Seli_vallavalitsus_Parnumaal, lk 26
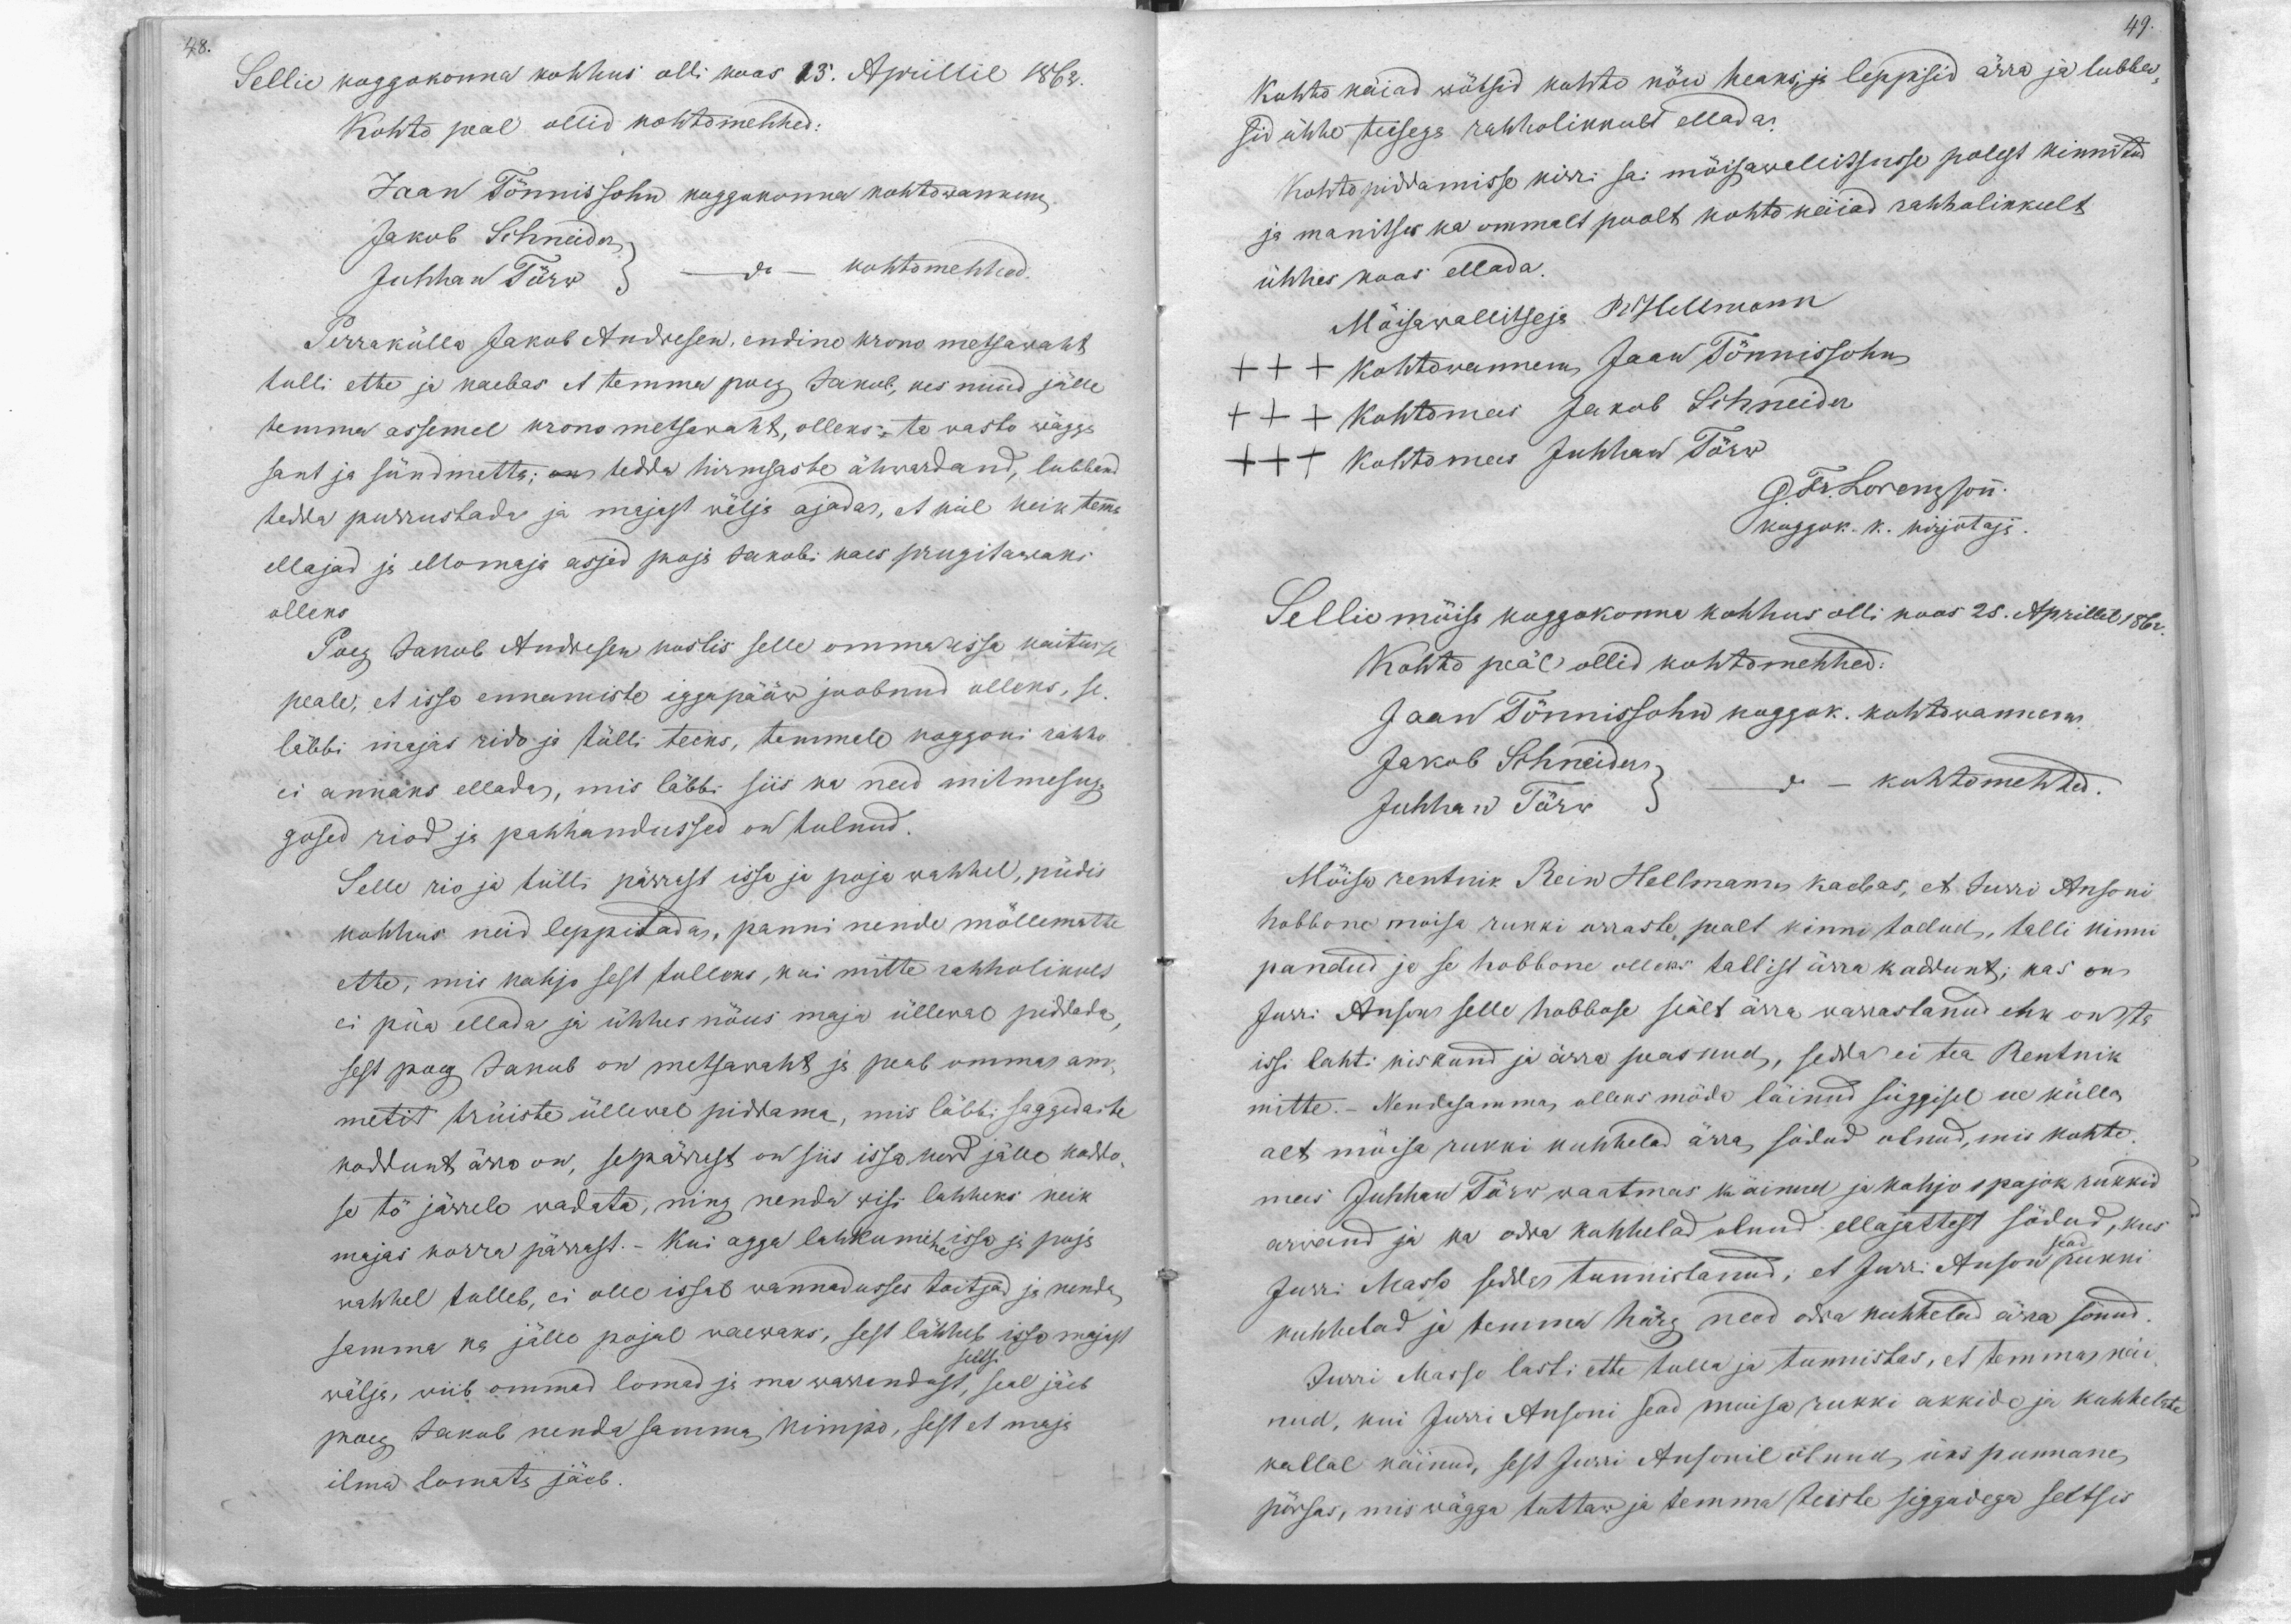
49.

48.
Sellie koggokonna kohhus olli koos 13. Aprillil 1862.
Kohto peal ollid kohtomehhed:
Jaan Tönnissohn koggokonna kohtowannem,
Jakob Schhneider
Juhhan Törw
do kohtomehhed
Perraküllo Jakob Andresen, endine krono metsawaht
tulli ette ja kaebas et temma poeg Jakob, kes nüüd jälle
temma assemel krono metsawaht, olleks ta wasto wägga
sant ja sündmetta; on tedda hirmsaste ähwardand, lubband
tedda purrustada ja majast wälja ajada, et kül keik temma
ellajad ja ellomaja asjad poja Jakobi käes prugitawaks
olleks
Poeg Jakob Andresen kostis selle omma issa kaitusse
peale, et issa ennamiste iggapääw joobnud olleks, se-
läbbi majas rido ja tülli teeks, temmale koggoni rahha
ei annaks ellada, mis läbbi siis ka need mitmesug-
gused riod ja pahhandussed on tulnud.
Selle rio ja tülli pärrast issa ja poja wahhel, püdis
kohhus neid leppitada, panni nende möllemate
ette, mis kahjo sest tulleks, kui mitte rahholikult
ei püa ellada ja ühhes nöus maja üllewal piddada,
sest poeg Jakob on metsawaht ja peab omma am-
metit trüiste üllewal piddama, mis läbbi saggedaste
koddunt ärra on, sepärrast on siis issa kord jälle koddo-
se tö järrele wadata, ning nenda wisi lahheks keik
majas korra pärrast. Kui agga lahkumine issa ja poja
wahhel tulleb, ei olle issal wannadusses toitjad ja nenda
samma ka jälle pojal waewaks, sest lähhub issa majast
wälja, wiib ommad lomad ja ma warandust, seal jäeb
seltsi
poeg Jakob nenda samma kimpo, sest et maja
ilma lomata jäeb.

Kohto käiad wötsid kohto nöu heaks, ja leppisid ärra ja lubba-
sid ühhe teisega rahholikkult ellada.
Kohtopiddamisse kirri sai möisawallitsusse polest kinnitud
ja manitses ka ommalt poolt kohto keiiad rahholikkult
ühhes koos ellada.
Möisawallitseja R. Hellmann
+++ kohtowannem, Jaan Tönnissohn
+++ Kohtomees Jakob Schneider
XXX Kohtomees Juhhan Törw
G. Fr. Lorenzsonn.
koggok. k. kirjutaja.
Sellie möisa koggokonna kohhus olli koos 25. Aprillil 1862
Kohto peäl ollid kohtomehhed.
Jaan Tönnissohn koggok. kohtowannem
Jakob Schneider
Juhhan Törw
do
kohtomehhed
Möisa rentnik Rein Hellmann kaebas, et Jurri Ansoni
hobbone moisa rukki orraste pealt kinni todud, talli kinni
pandud ja se hobbone olleks tallist ärra kaddunt; kas on
Jurri Anson selle hobbose seält ärra warrastanud ehk on ta
issi lahti kiskund ja ärra peasnud, sedda ei tea Rentnik
mitte. Nendasamma, olleks möda läinud süggisel ue külla
alt möisa rukki kuhhelad ärra södud olnud, mis kohto
mees Juhhan Törw waatmas käinud ja kahjo 1 pajok rukkid
arwand ja ka odra kuhhelad olnud ellajatest södud, kus
Jurri Masso sedda tunnistanud, et Jurri Anson sead rukki
kuhhelad ja temma härg need odra kuhhelad ärra sönud.
Jurri Masso lasti ette tulla ja tunnistas, et temma näi-
nud, kui Jürri Ansoni sead moisa rukki akkide ja kuhhelate
kallal käinud, sest Jurri Ansonil olnud, üks punnane,
pörsas, mis wägga tuttaw ja temma teiste siggadega seltsis